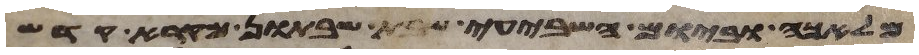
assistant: מלאכה וביום השביעי שבת שבתון מקרא קדש